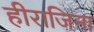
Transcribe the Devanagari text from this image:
हीराजिना